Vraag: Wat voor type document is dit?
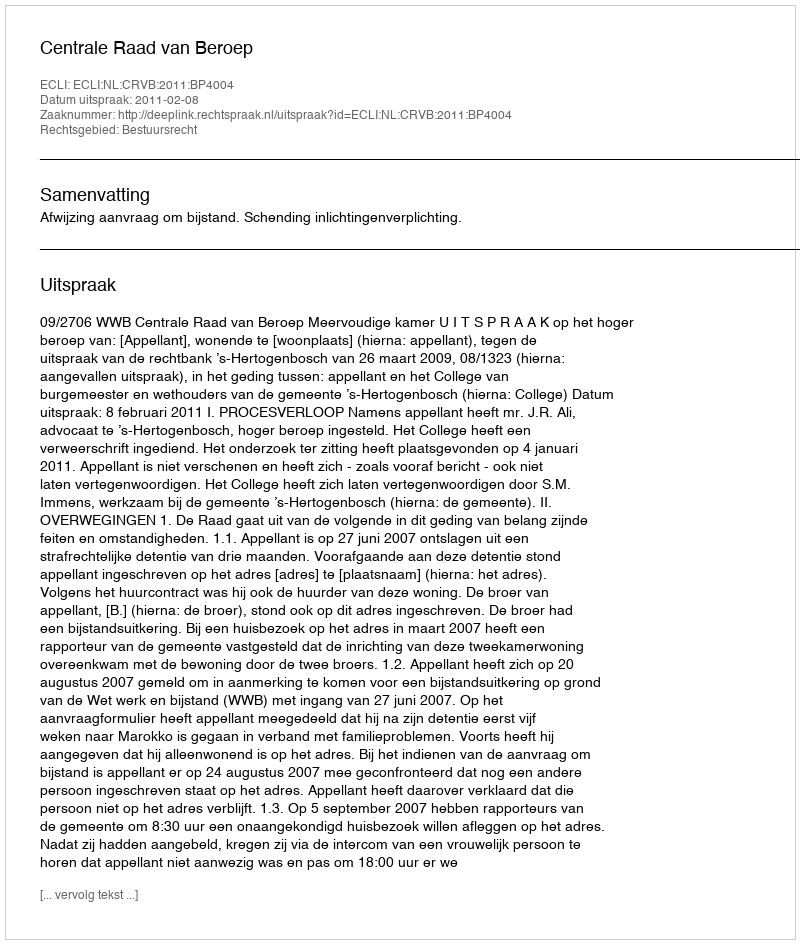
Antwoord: Uitspraak